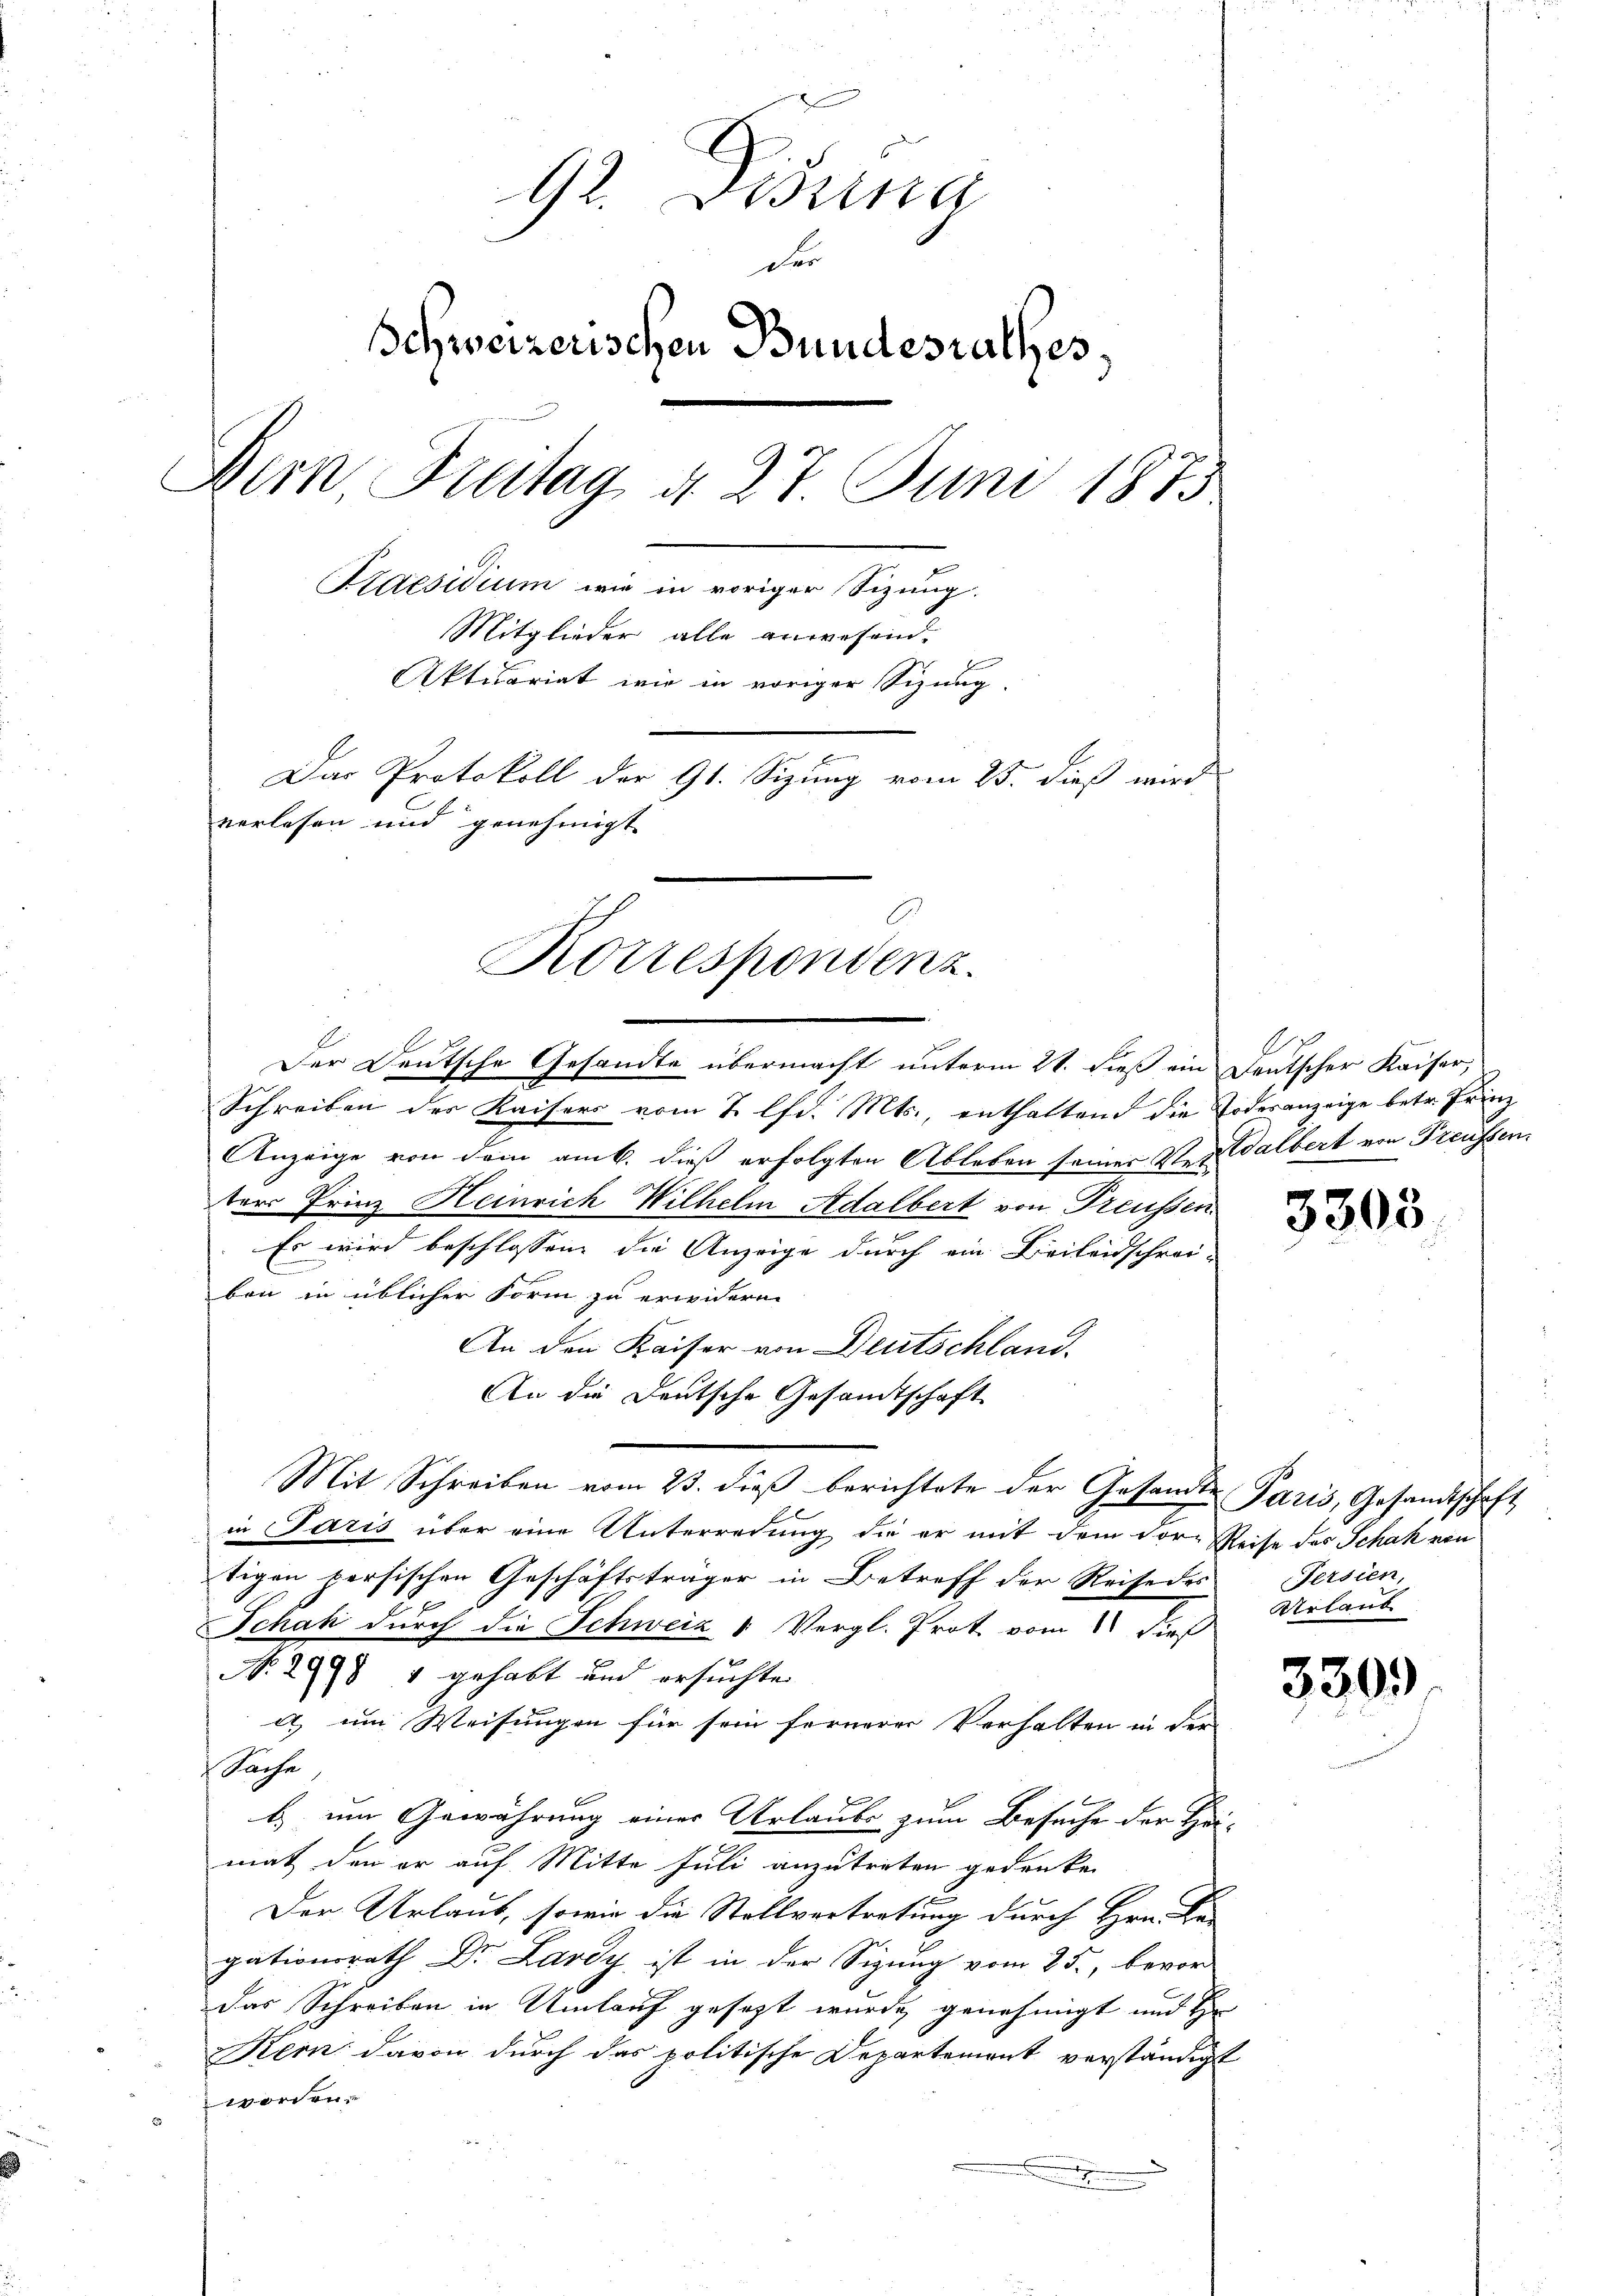
92. Bestina
Der
Schweizerischen Bundesrathes,
Dern Fritag d. 27. Juni 1873
Praesidium wie in voriger Sizung.
Mitglieder alle anwesend.
Aktuariat wir in voriger Sizung.
Das Protokoll der 91. Sizung vom 25. dieß wird
verlesen und genehmigt

Der Deutsche Gesandte übermacht unterm 21. dieß ein Deutscher Kaiser,
Schreiben des Kaisers vom 7 lfd. Mts., enthaltend die Todesanzeige betr. Frinz
Anzeige von dem amb. dieß erfolgten Ableben seiner Verdalbert von Freussen.
ter Prinz Heinrich Wilhelm Adalbert von Preussen.
Es wird beschlossen die Anzeige durch ein Beileidschreie
ben in üblicher Form zu erwidern.
An den Kaiser von Deutschland.
An die Deutsche Gesandtschaft
Mit Schreiben vom 23. dieß berichtete der Gesandte Paris, Gesandtschaft
in Paris über eine Unterredung die er mit dem For- Reise des Schah ein
tigen versischen Geschäftsträger in Betreff der Reise des Persien,
Schah durch die Schweiz & Vergl. Prot vom dieß
No. 2998 1 gehabt und ersuchte
a, um Weisungen für sein fernerer Verhalten in der
Sache
b) um Gewährung einer Urlaube zum Besuche der Hei-
mat den er auf Mitte Juli anzutreten gedenken
Der Urlaub, sowie die Stellvertretung durch Hrn. Be-
gationsrath Dr. Lardy ist in der Sigung vom 25., bevor-
Das Schreiben in Umlauf gesezt wurde genehmigt und
Kern davon durch das politische Departement verständigt
worden.

Korrespondenz.

3303

Uerlang

330.